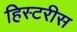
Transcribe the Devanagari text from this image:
हिस्टरीस